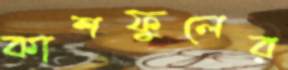
কাশফুলের